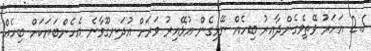
2.5 އަހަރު ވޭތިވެގެންދާއިރު ބިހެއް ނޭޅިގެން އުޅޭއިރު ވަރަށް އުދަނގޫވާނެ އެހެންބަޔަކަށް ބިހެއް